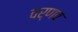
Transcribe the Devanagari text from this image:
वर्णव